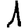
Digit: 1